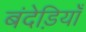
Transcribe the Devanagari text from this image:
बंदेड़ियाँ